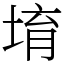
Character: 堉